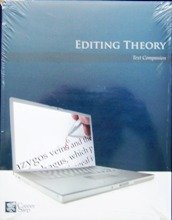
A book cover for Editing Theory (Career Step: Medical Transcription Editor Program Companion); Career Step; Medical Books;